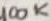
Text: 100K